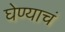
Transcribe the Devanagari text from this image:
घेण्याचं